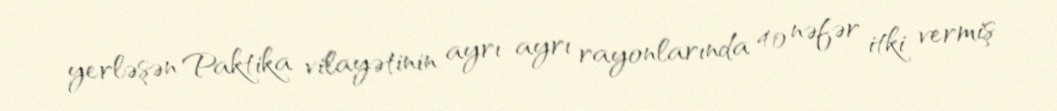
yerləşən Paktika vilayətinin ayrı-ayrı rayonlarında 40 nəfər itki vermiş